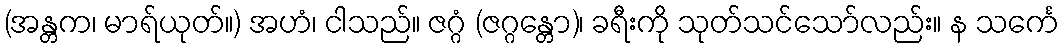
(အန္တက၊ မာရ်ယုတ်။) အဟံ၊ ငါသည်။ ဇဂ္ဂံ (ဇဂ္ဂန္တော)၊ ခရီးကို သုတ်သင်သော်လည်း။ န သင်္ကေ